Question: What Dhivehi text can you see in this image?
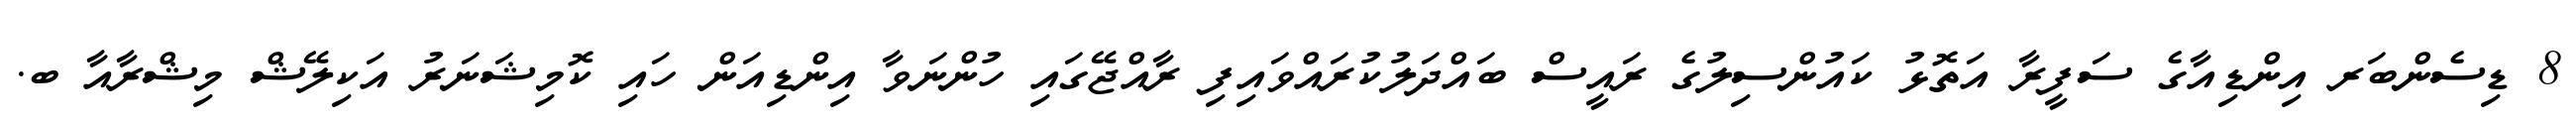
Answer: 8 ޑިސެންބަރ އިންޑިއާގެ ސަފީރާ އަތޮޅު ކައުންސިލުގެ ރައީސް ބައްދަލުކުރައްވައިފި ރާއްޖޭގައި ހުންނަވާ އިންޑިއަން ހައި ކޮމިޝަނަރު އަކިލޭޝް މިޝްރާއާ ބ.